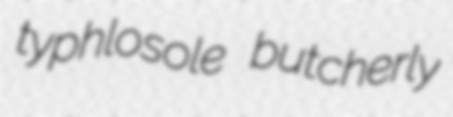
typhlosole butcherly